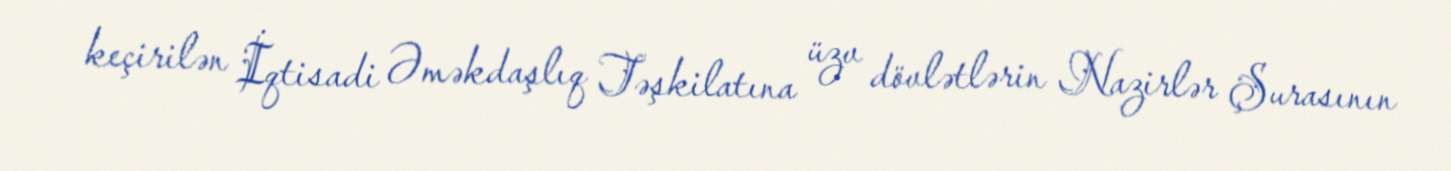
keçirilən İqtisadi Əməkdaşlıq Təşkilatına üzv dövlətlərin Nazirlər Şurasının